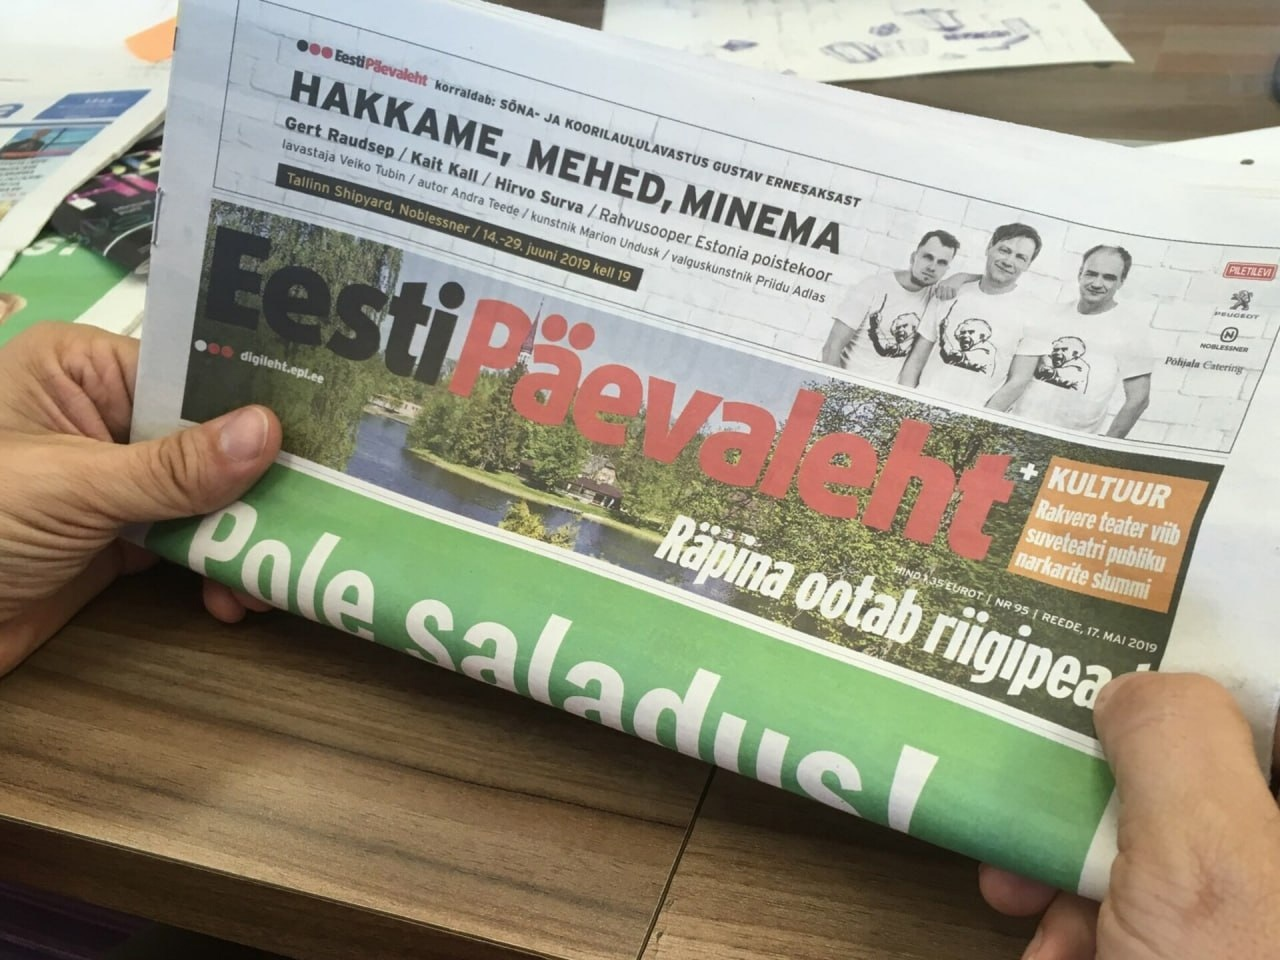
Language: et